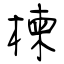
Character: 楝